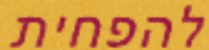
להפחית